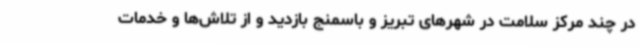
در چند مرکز سلامت در شهرهای تبریز و باسمنج بازدید و از تلاش‌ها و خدمات